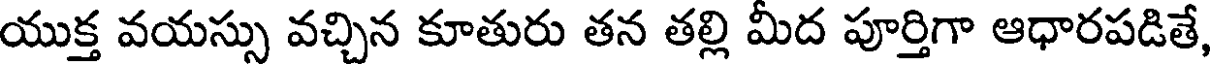
యుక్త వయస్సు వచ్చిన కూతురు తన తల్లి మీద పూర్తిగా ఆధారపడితే